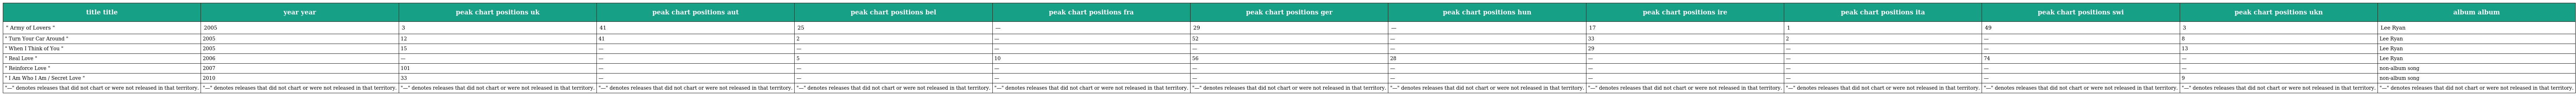
| title title | year year | peak chart positions uk | peak chart positions aut | peak chart positions bel | peak chart positions fra | peak chart positions ger | peak chart positions hun | peak chart positions ire | peak chart positions ita | peak chart positions swi | peak chart positions ukn | album album |
 | --- | --- | --- | --- | --- | --- | --- | --- | --- | --- | --- | --- | --- |
 | " Army of Lovers " | 2005 | 3 | 41 | 25 | — | 29 | — | 17 | 1 | 49 | 3 | Lee Ryan |
 | " Turn Your Car Around " | 2005 | 12 | 41 | 2 | — | 52 | — | 33 | 2 | — | 8 | Lee Ryan |
 | " When I Think of You " | 2005 | 15 | — | — | — | — | — | 29 | — | — | 13 | Lee Ryan |
 | " Real Love " | 2006 | — | — | 5 | 10 | 56 | 28 | — | — | 74 | — | Lee Ryan |
 | " Reinforce Love " | 2007 | 101 | — | — | — | — | — | — | — | — | — | non-album song |
 | " I Am Who I Am / Secret Love " | 2010 | 33 | — | — | — | — | — | — | — | — | 9 | non-album song |
 | "—" denotes releases that did not chart or were not released in that territory. | "—" denotes releases that did not chart or were not released in that territory. | "—" denotes releases that did not chart or were not released in that territory. | "—" denotes releases that did not chart or were not released in that territory. | "—" denotes releases that did not chart or were not released in that territory. | "—" denotes releases that did not chart or were not released in that territory. | "—" denotes releases that did not chart or were not released in that territory. | "—" denotes releases that did not chart or were not released in that territory. | "—" denotes releases that did not chart or were not released in that territory. | "—" denotes releases that did not chart or were not released in that territory. | "—" denotes releases that did not chart or were not released in that territory. | "—" denotes releases that did not chart or were not released in that territory. | "—" denotes releases that did not chart or were not released in that territory. |